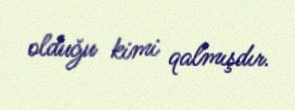
olduğu kimi qalmışdır.